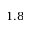
1 . 8